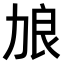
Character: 𫦭